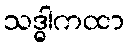
သဒ္ဓါကထာ